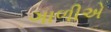
ગાળીએ